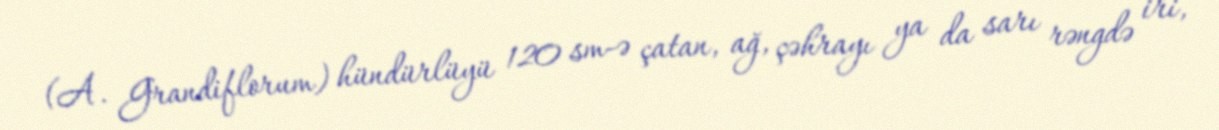
(A. Grandiflorum) hündürlüyü 120 sm-ə çatan, ağ, çəhrayı ya da sarı rəngdə iri,